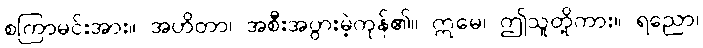
စကြာမင်းအား။ အဟိတာ၊ အစီးအပွားမဲ့ကုန်၏။ ဣမေ၊ ဤသူတို့ကား။ ရညော၊